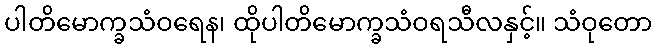
ပါတိမောက္ခသံဝရေန၊ ထိုပါတိမောက္ခသံဝရသီလနှင့်။ သံဝုတော